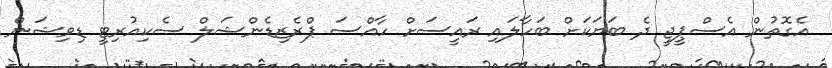
އެގޮތުން އެސްޕީޖީ ދެ ބަޔަކަށް ބަހާލައި ރައީސަށް ހާއްސަ ޕްރެޒިޑެންޝަލް ސެކިއުރިޓީ ޑިވިޝަން